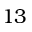
1 3